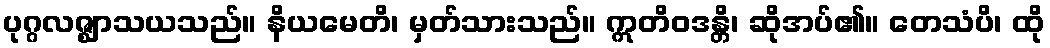
ပုဂ္ဂလဇ္ဈာသယသည်။ နိယမေတိ၊ မှတ်သားသည်။ ဣတိဝဒန္တိ၊ ဆိုအပ်၏။ တေသံပိ၊ ထို